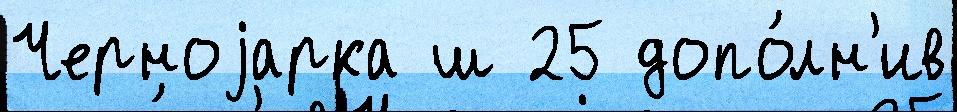
Черноjарка ш 25 допо́лн'ив